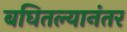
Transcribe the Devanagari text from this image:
बघितल्यानंतर